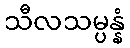
သီလသမ္ပန္နံ